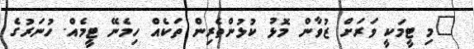
"މި ޓީމަކީ ވަރަށް ޒުވާން މޮޅު ކުޅުންތެރިން ތަކެއް ހިމެނޭ ޓީމެއް. ހުނަރުގެ